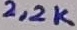
Text: 2,2K